Some observations on the morphology and mechanism of the parts in the orthorrapha - Number 58
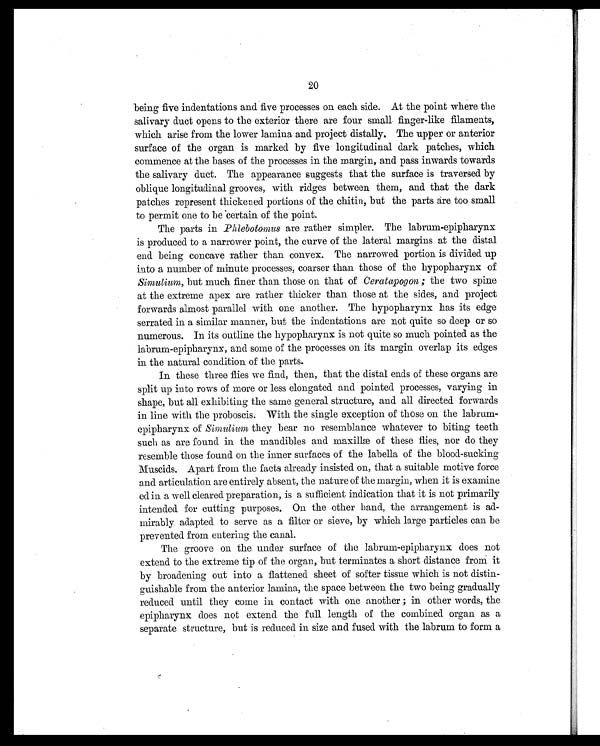
20
being five indentations and five processes on each side. At the point where the
salivary duct opens to the exterior there are four small finger-like filaments,
which arise from the lower lamina and project distally. The upper or anterior
surface of the organ is marked by five longitudinal dark patches, which
commence at the bases of the processes in the margin, and pass inwards towards
the salivary duct. The appearance suggests that the surface is traversed by
oblique longitudinal grooves, with ridges between them, and. that the dark
patches represent thickened portions of the chitin, but the parts are too small
to permit one to be certain of the point.
The parts in Phlebotomus are rather simpler. The labrum-epipharynx
is produced to a narrower point, the curve of the lateral margins at the distal
end being concave rather than convex. The narrowed portion is divided up
into a number of minute processes, coarser than those of the hypopharynx of
Simulium, but much finer than those on that of Ceratapog on ; the two spine
at the extreme apex are rather thicker than those at the sides, and project
forwards almost parallel with one another. The hypopharynx has its edge
serrated in a similar manner, but the indentations are not quite so deep or so
numerous. In its outline the hypopharynx is not quite so much pointed as the
labrum-epipharynx, and some of the processes on its margin overlap its edges
in the natural condition of the parts.
In these three flies we find, then, that the distal ends of these organs are
split up into rows of more or less elongated and pointed processes, varying in
shape, but all exhibiting the same general structure, and all directed forwards
in line with the proboscis. With the single exception of those on the labrum-
epipharynx of Simulium they bear no resemblance whatever to biting teeth
such as are found in the mandibles and maxillae of these flies, nor do they
resemble those found on the inner surfaces of the labella of the blood-sucking
Muscids. Apart from the facts already insisted on, that a suitable motive force
and articulation are entirely absent, the nature of the margin, when it is examine
ed in a well cleared preparation, is a sufficient indication that it is not primarily
intended for cutting purposes. On the other band, the arrangement is ad-
mirably adapted to serve as a filter or sieve, by which large particles can be
prevented from entering the canal.
The groove on the under surface of the labrum-epipharynx does not
extend to the extreme tip of the organ, but terminates a short distance from it
by broadening out into a flattened sheet of softer tissue which is not distin-
guishable from the anterior lamina, the space between the two being gradually
reduced until they come in contact with one another ; in other words, the
epipharynx does not extend the full length of the combined organ as a
separate structure, but is reduced in size and fused with the labrum to form a